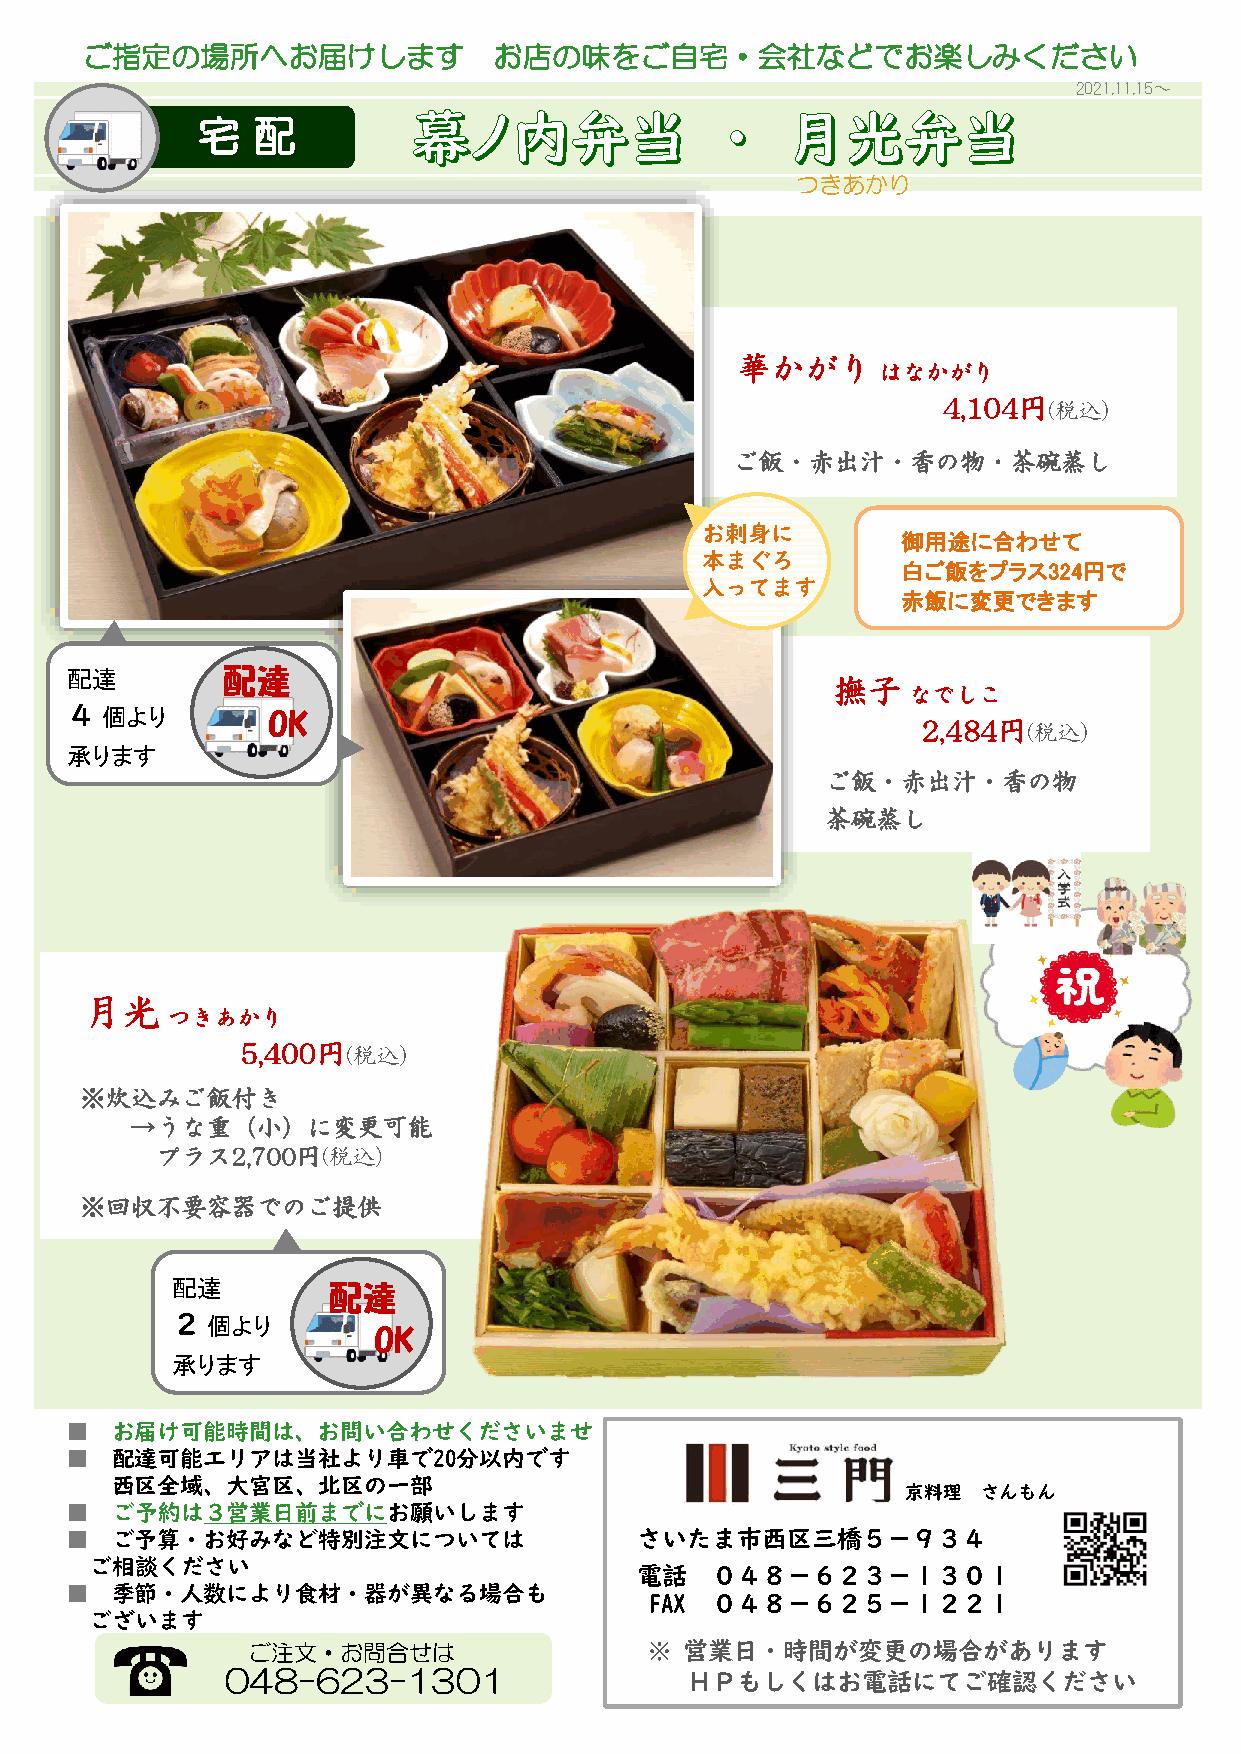
ご指定の場所へお届けします               お店の味をご自宅・会社などでお楽しみください
 2021.11.15～
 つきあかり
 華かがり
 はなかがり
 4,104円(税込）
 ご飯・赤出汁・香の物・茶碗蒸し
 お刺身に
 御用途に合わせて
 本まぐろ
 白ご飯をプラス324円で
 入ってます
 赤飯に変更できます
 配達         配達
 撫子
 なでしこ
 ４個より
 OK
 2,484円(税込）
 承ります
 ご飯・赤出汁・香の物
 茶碗蒸し
 月光
 つきあかり
 5,400円(税込）
 ※炊込みご飯付き
 →うな重（小）に変更可能
 プラス2,700円(税込)
 ※回収不要容器でのご提供
 配達         配達
 ２個より
 OK
 承ります
 ■  お届け可能時間は、お問い合わせくださいませ
 ■  配達可能エリアは当社より車で20分以内です
 西区全域、大宮区、北区の一部
 京料理  さんもん
 ■  ご予約は３営業日前までにお願いします
 ■  ご予算・お好みなど特別注文については                 さいたま市西区三橋５－９３４
 ご相談ください
 電話   ０４８－６２３－１３０１
 ■  季節・人数により食材・器が異なる場合も
 FAX ０４８－６２５－１２２１
 ございます
 ご注文・お問合せは                  ※ 営業日・時間が変更の場合があります
 048-623-1301                  ＨＰもしくはお電話にてご確認ください